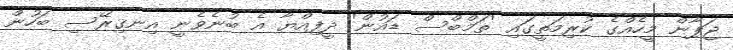
ޖަޕާން މީހެއްގެ ކުރިމަތީގައި 'ތަމްބްސް ޑައުން' ދީފިއްޔާ އެ ބުނެވެނީ އިނގިރޭސި ބަހުން